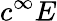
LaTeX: c^{\infty}E